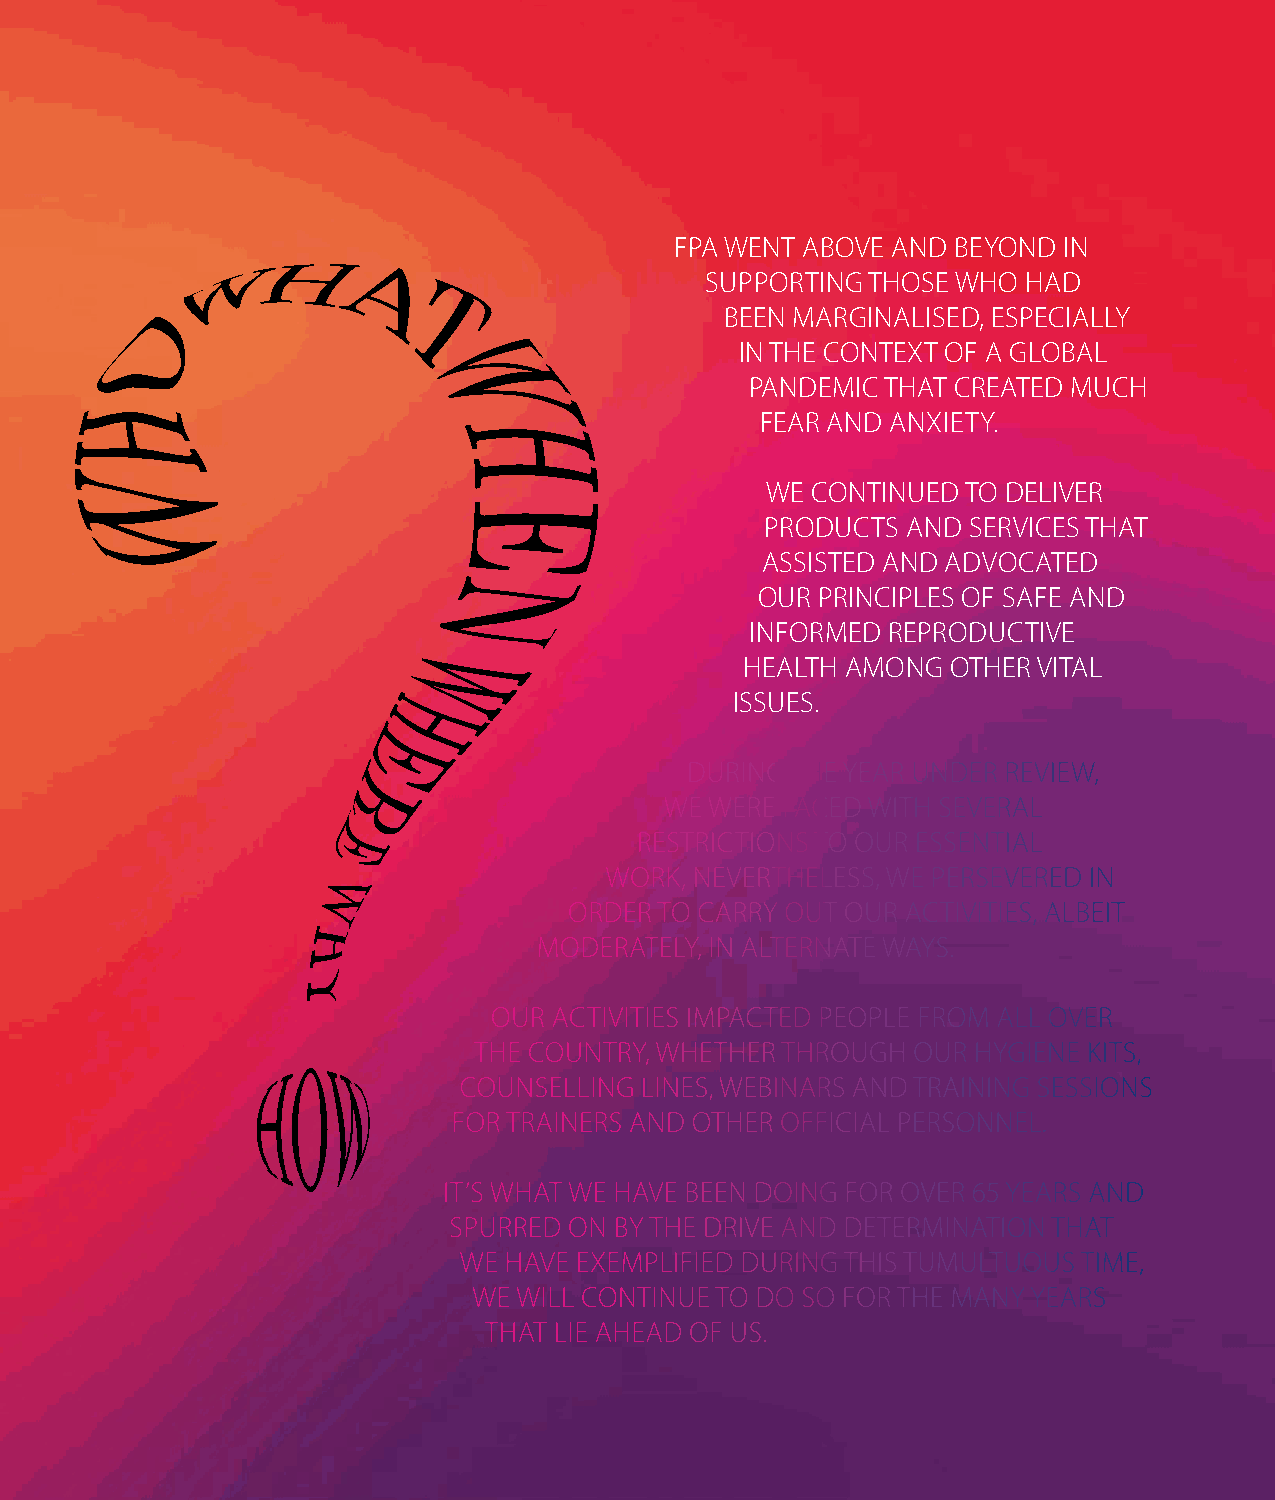
8
 FPA SRI LANKA ANNUAL REPORT 2020
 FPA WENT ABOVE AND BEYOND IN
 SUPPORTING THOSE WHO HAD
 BEEN MARGINALISED, ESPECIALLY
 IN THE CONTEXT OF A GLOBAL
 PANDEMIC THAT CREATED MUCH
 FEAR AND ANXIETY.
 WE CONTINUED TO DELIVER
 PRODUCTS AND SERVICES THAT
 ASSISTED AND ADVOCATED
 OUR PRINCIPLES OF SAFE AND
 INFORMED REPRODUCTIVE
 HEALTH AMONG  OTHER VITAL
 ISSUES.
 DURING THE YEAR UNDER REVIEW,
 WE WERE FACED WITH SEVERAL
 RESTRICTIONS TO OUR ESSENTIAL
 WORK, NEVERTHELESS, WE PERSEVERED IN
 ORDER TO CARRY OUT OUR ACTIVITIES, ALBEIT
 MODERATELY, IN ALTERNATE WAYS.
 OUR ACTIVITIES IMPACTED PEOPLE FROM ALL OVER
 THE COUNTRY, WHETHER THROUGH OUR HYGIENE KITS,
 COUNSELLING LINES, WEBINARS AND TRAINING SESSIONS
 FOR TRAINERS AND OTHER OFFICIAL PERSONNEL.
 IT’S WHAT WE HAVE BEEN DOING FOR OVER 65 YEARS AND
 SPURRED ON BY THE DRIVE AND DETERMINATION THAT
 WE HAVE EXEMPLIFIED DURING THIS TUMULTUOUS TIME,
 WE WILL CONTINUE TO DO SO FOR THE MANY YEARS
 THAT LIE AHEAD OF US.